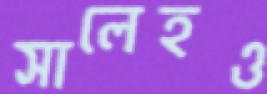
সালেহও